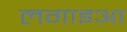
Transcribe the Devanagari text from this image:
लगाइआ